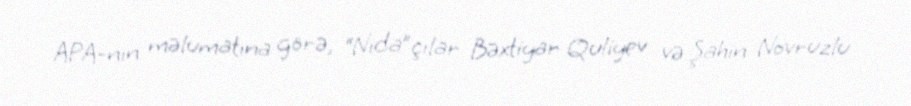
APA-nın məlumatına görə, “Nida”çılar Bəxtiyar Quliyev və Şahin Novruzlu